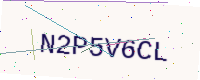
Text: N2P5V6CL